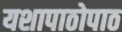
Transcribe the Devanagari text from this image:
यशापाठोपाठ